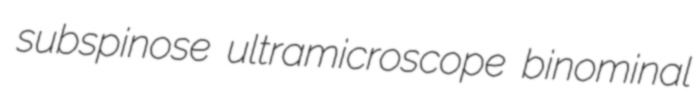
subspinose ultramicroscope binominal